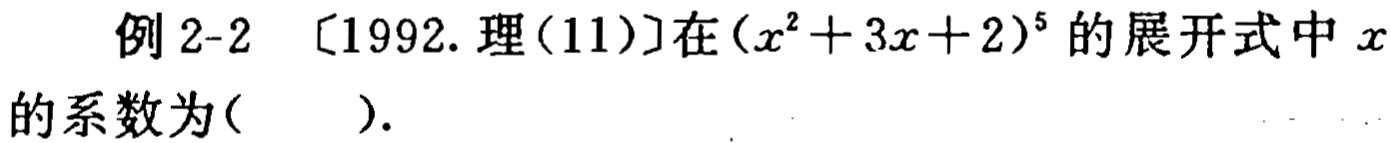
例2-2 [1992.理(11)]在\((x^{2}+3x + 2)^{5}\)的展开式中\(x\)的系数为( ).